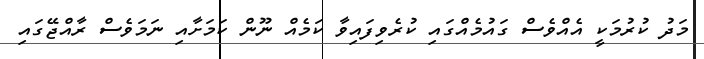
މަދު ކުރުމަކީ އެއްވެސް ގައުމެއްގައި ކުރެވިފައިވާ ކަމެއް ނޫން ކަމަށާއި ނަމަވެސް ރާއްޖޭގައި